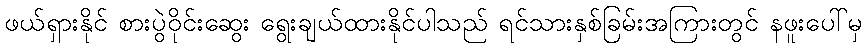
ဖယ်ရှားနိုင် စားပွဲဝိုင်းဆွေး ရွေးချယ်ထားနိုင်ပါသည် ရင်သားနှစ်ခြမ်းအကြားတွင် နဖူးပေါ်မှ